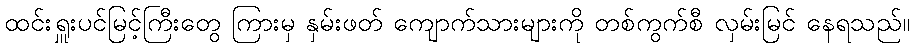
ထင်းရှူးပင်မြင့်ကြီးတွေ ကြားမှ နှမ်းဖတ် ကျောက်သားများကို တစ်ကွက်စီ လှမ်းမြင် နေရသည်။